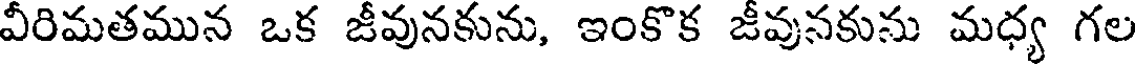
వీరిమతమున ఒక జీవునకును, ఇంకొక జీవునకును మధ్య గల